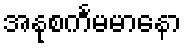
အနုစင်္ကမမာနော